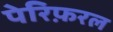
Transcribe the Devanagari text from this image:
पेरिफ़रल